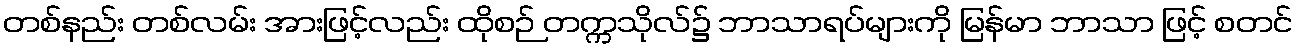
တစ်နည်း တစ်လမ်း အားဖြင့်လည်း ထိုစဉ် တက္ကသိုလ်၌ ဘာသာရပ်များကို မြန်မာ ဘာသာ ဖြင့် စတင်